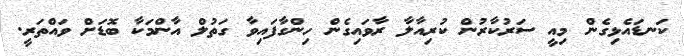
ކަނޑައެޅިގެން މިއީ ސަރުކާރުން ކުރިއާލާ ރާވައިގެން ހިންގާފައިވާ ގަތުލް އާންމަކާ ބޮޑަށް ވައްތަރީ.